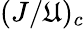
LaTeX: (J/\mathfrak{U})_{c}